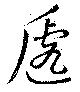
遞